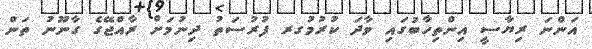
އަންނަ ރިޔާސީ އިންތިހާބުގައި ވާދަ ކުރުމުގރ ފުރުސަތު ދިނުމަށް ރާއްޖޭގެ ގާނޫނު ތަން